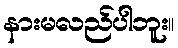
နားမလည်ပါဘူး။